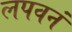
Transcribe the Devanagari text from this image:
लपवनं